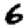
Digit: 6